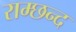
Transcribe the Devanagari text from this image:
राम्छन्द